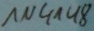
Text: 1N4148